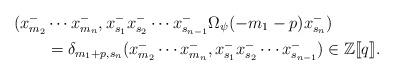
LaTeX: \begin{align*}(x^-_{m_2}&\cdots x^-_{m_n},x^-_{s_1}x^-_{s_2}\cdots x^-_{s_{n-1}}\Omega_\psi(-m_1-p)x_{s_{n}}^- ) \\&=\delta_{m_1+p,s_{n}}(x^-_{m_2}\cdots x^-_{m_n},x^-_{s_1}x^-_{s_2}\cdots x^-_{s_{n-1}})\in\mathbb Z[\![q]\!].\end{align*}